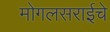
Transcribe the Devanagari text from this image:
मोगलसराईचे